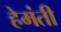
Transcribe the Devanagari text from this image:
हेमंती